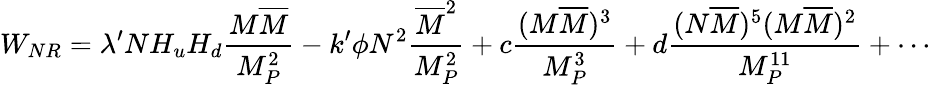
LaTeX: W_{NR}=\lambda^{\prime}NH_{u}H_{d}\frac{M\overline{{{M}}}}{M_{P}^{2}}-k^{\prime}\phi N^{2}\frac{\overline{{{M}}}^{2}}{M_{P}^{2}}+c\frac{(M\overline{{{M}}})^{3}}{M_{P}^{3}}+d\frac{(N\overline{{{M}}})^{5}(M\overline{{{M}}})^{2}}{M_{P}^{11}}+\cdots